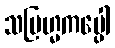
သဗြဟ္မကပ္ပေါ